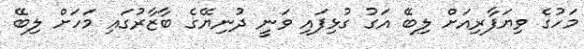
މަހުގެ ވިޔަފާރިއަށް ލިބޭ އަގު ގުޅިފައި ވަނީ ދުނިޔޭގެ ބާޒާރުގައި މަހަށް ލިބޭ